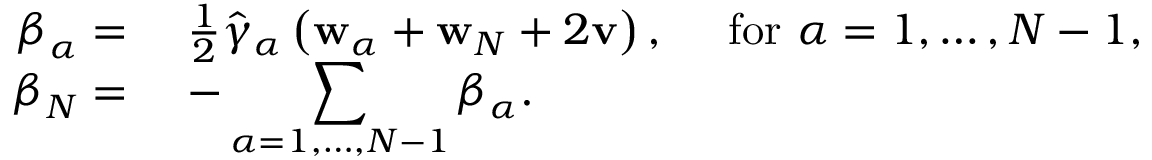
\begin{array} { r l } { \boldsymbol { \beta } _ { \alpha } = } & { ~ \frac { 1 } { 2 } \hat { \gamma } _ { \alpha } \left( \mathbf { w } _ { \alpha } + \mathbf { w } _ { N } + 2 \mathbf { v } \right) , \quad \mathrm { ~ f o r ~ } \alpha = 1 , \dots , N - 1 , } \\ { \boldsymbol { \beta } _ { N } = } & { ~ - \displaystyle \sum _ { \alpha = 1 , \dots , N - 1 } \boldsymbol { \beta } _ { \alpha } . } \end{array}